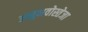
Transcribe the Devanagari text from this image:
अनुभवोस्तेजा